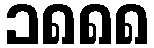
၁၈၈၈